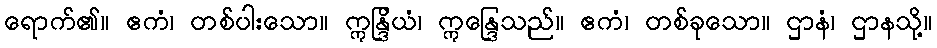
ရောက်၏။ ဧကံ၊ တစ်ပါးသော။ ဣန္ဒြိယံ၊ ဣန္ဒြေသည်။ ဧကံ၊ တစ်ခုသော။ ဌာနံ၊ ဌာနသို့။